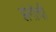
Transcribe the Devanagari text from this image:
झंगोची